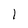
Character: l